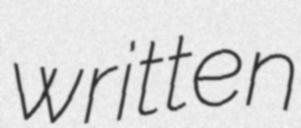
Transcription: written